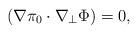
LaTeX: \begin{align*}(\nabla\pi_0 \cdot \nabla_\bot \Phi) = 0,\end{align*}